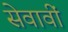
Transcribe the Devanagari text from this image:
सेवावीं